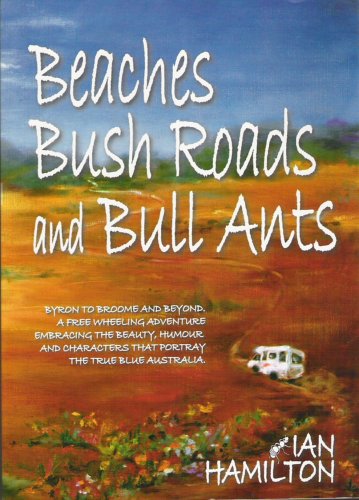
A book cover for Beaches Bush Roads And Bull Ants; Ian Hamilton; Travel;